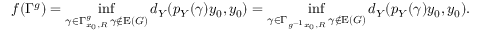
f ( \Gamma ^ { g } ) = \operatorname* { i n f } _ { \substack { \gamma \in \Gamma _ { x _ { 0 } , R } ^ { g } \, \gamma \notin \mathrm { E } ( G ) } } d _ { Y } ( p _ { Y } ( \gamma ) y _ { 0 } , y _ { 0 } ) = \operatorname* { i n f } _ { \substack { \gamma \in \Gamma _ { g ^ { - 1 } x _ { 0 } , R } \, \gamma \notin \mathrm { E } ( G ) } } d _ { Y } ( p _ { Y } ( \gamma ) y _ { 0 } , y _ { 0 } ) .